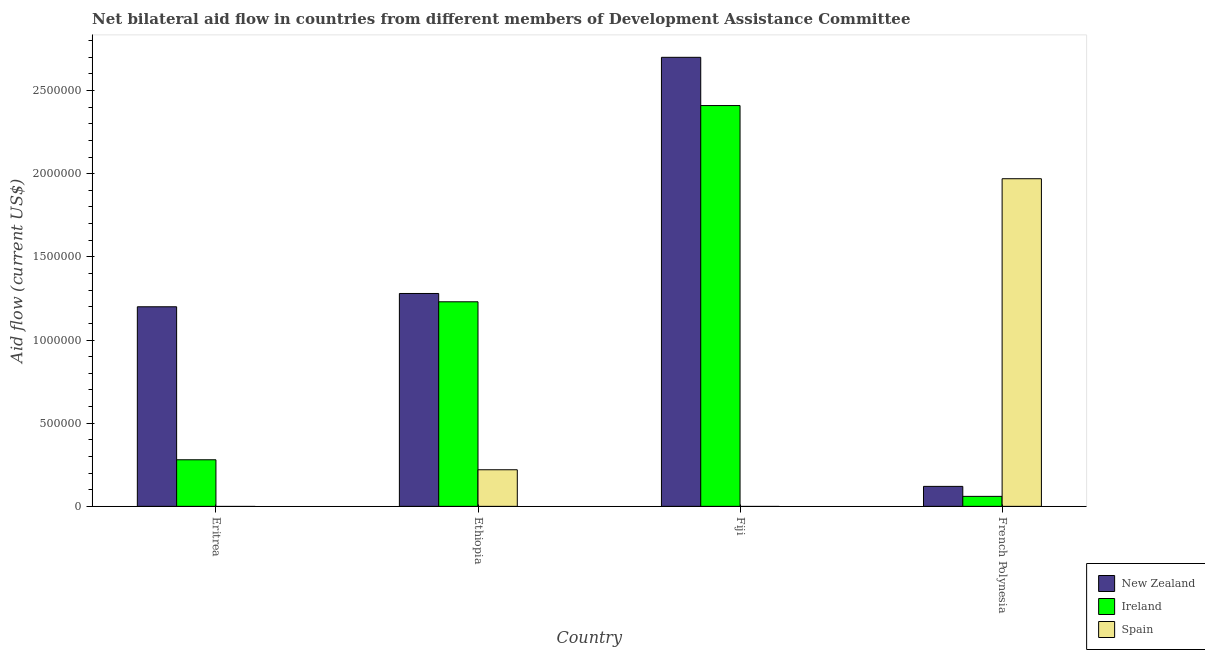
| Country | New Zealand | Ireland | Spain |
 | --- | --- | --- | --- |
 | Eritrea | 1.2e+06 | 2.8e+05 | -5.54e+06 |
 | Ethiopia | 1.28e+06 | 1.23e+06 | 2.2e+05 |
 | Fiji | 2.7e+06 | 2.41e+06 | -2.1e+05 |
 | French Polynesia | 1.2e+05 | 6e+04 | 1.97e+06 |